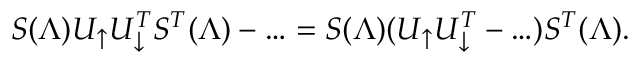
S ( \Lambda ) U _ { \uparrow } U _ { \downarrow } ^ { T } S ^ { T } ( \Lambda ) - \ldots = S ( \Lambda ) ( U _ { \uparrow } U _ { \downarrow } ^ { T } - \ldots ) S ^ { T } ( \Lambda ) .